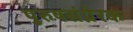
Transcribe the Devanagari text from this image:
पुरुषसंप्रेरक